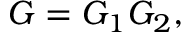
G = G _ { 1 } G _ { 2 } ,